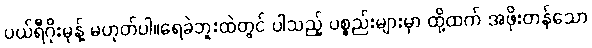
ပယ်ရီဂိုးမုန့် မဟုတ်ပါ။ရေခဲဘူးထဲတွင် ပါသည့် ပစ္စည်းများမှာ ထို့ထက် အဖိုးတန်သော